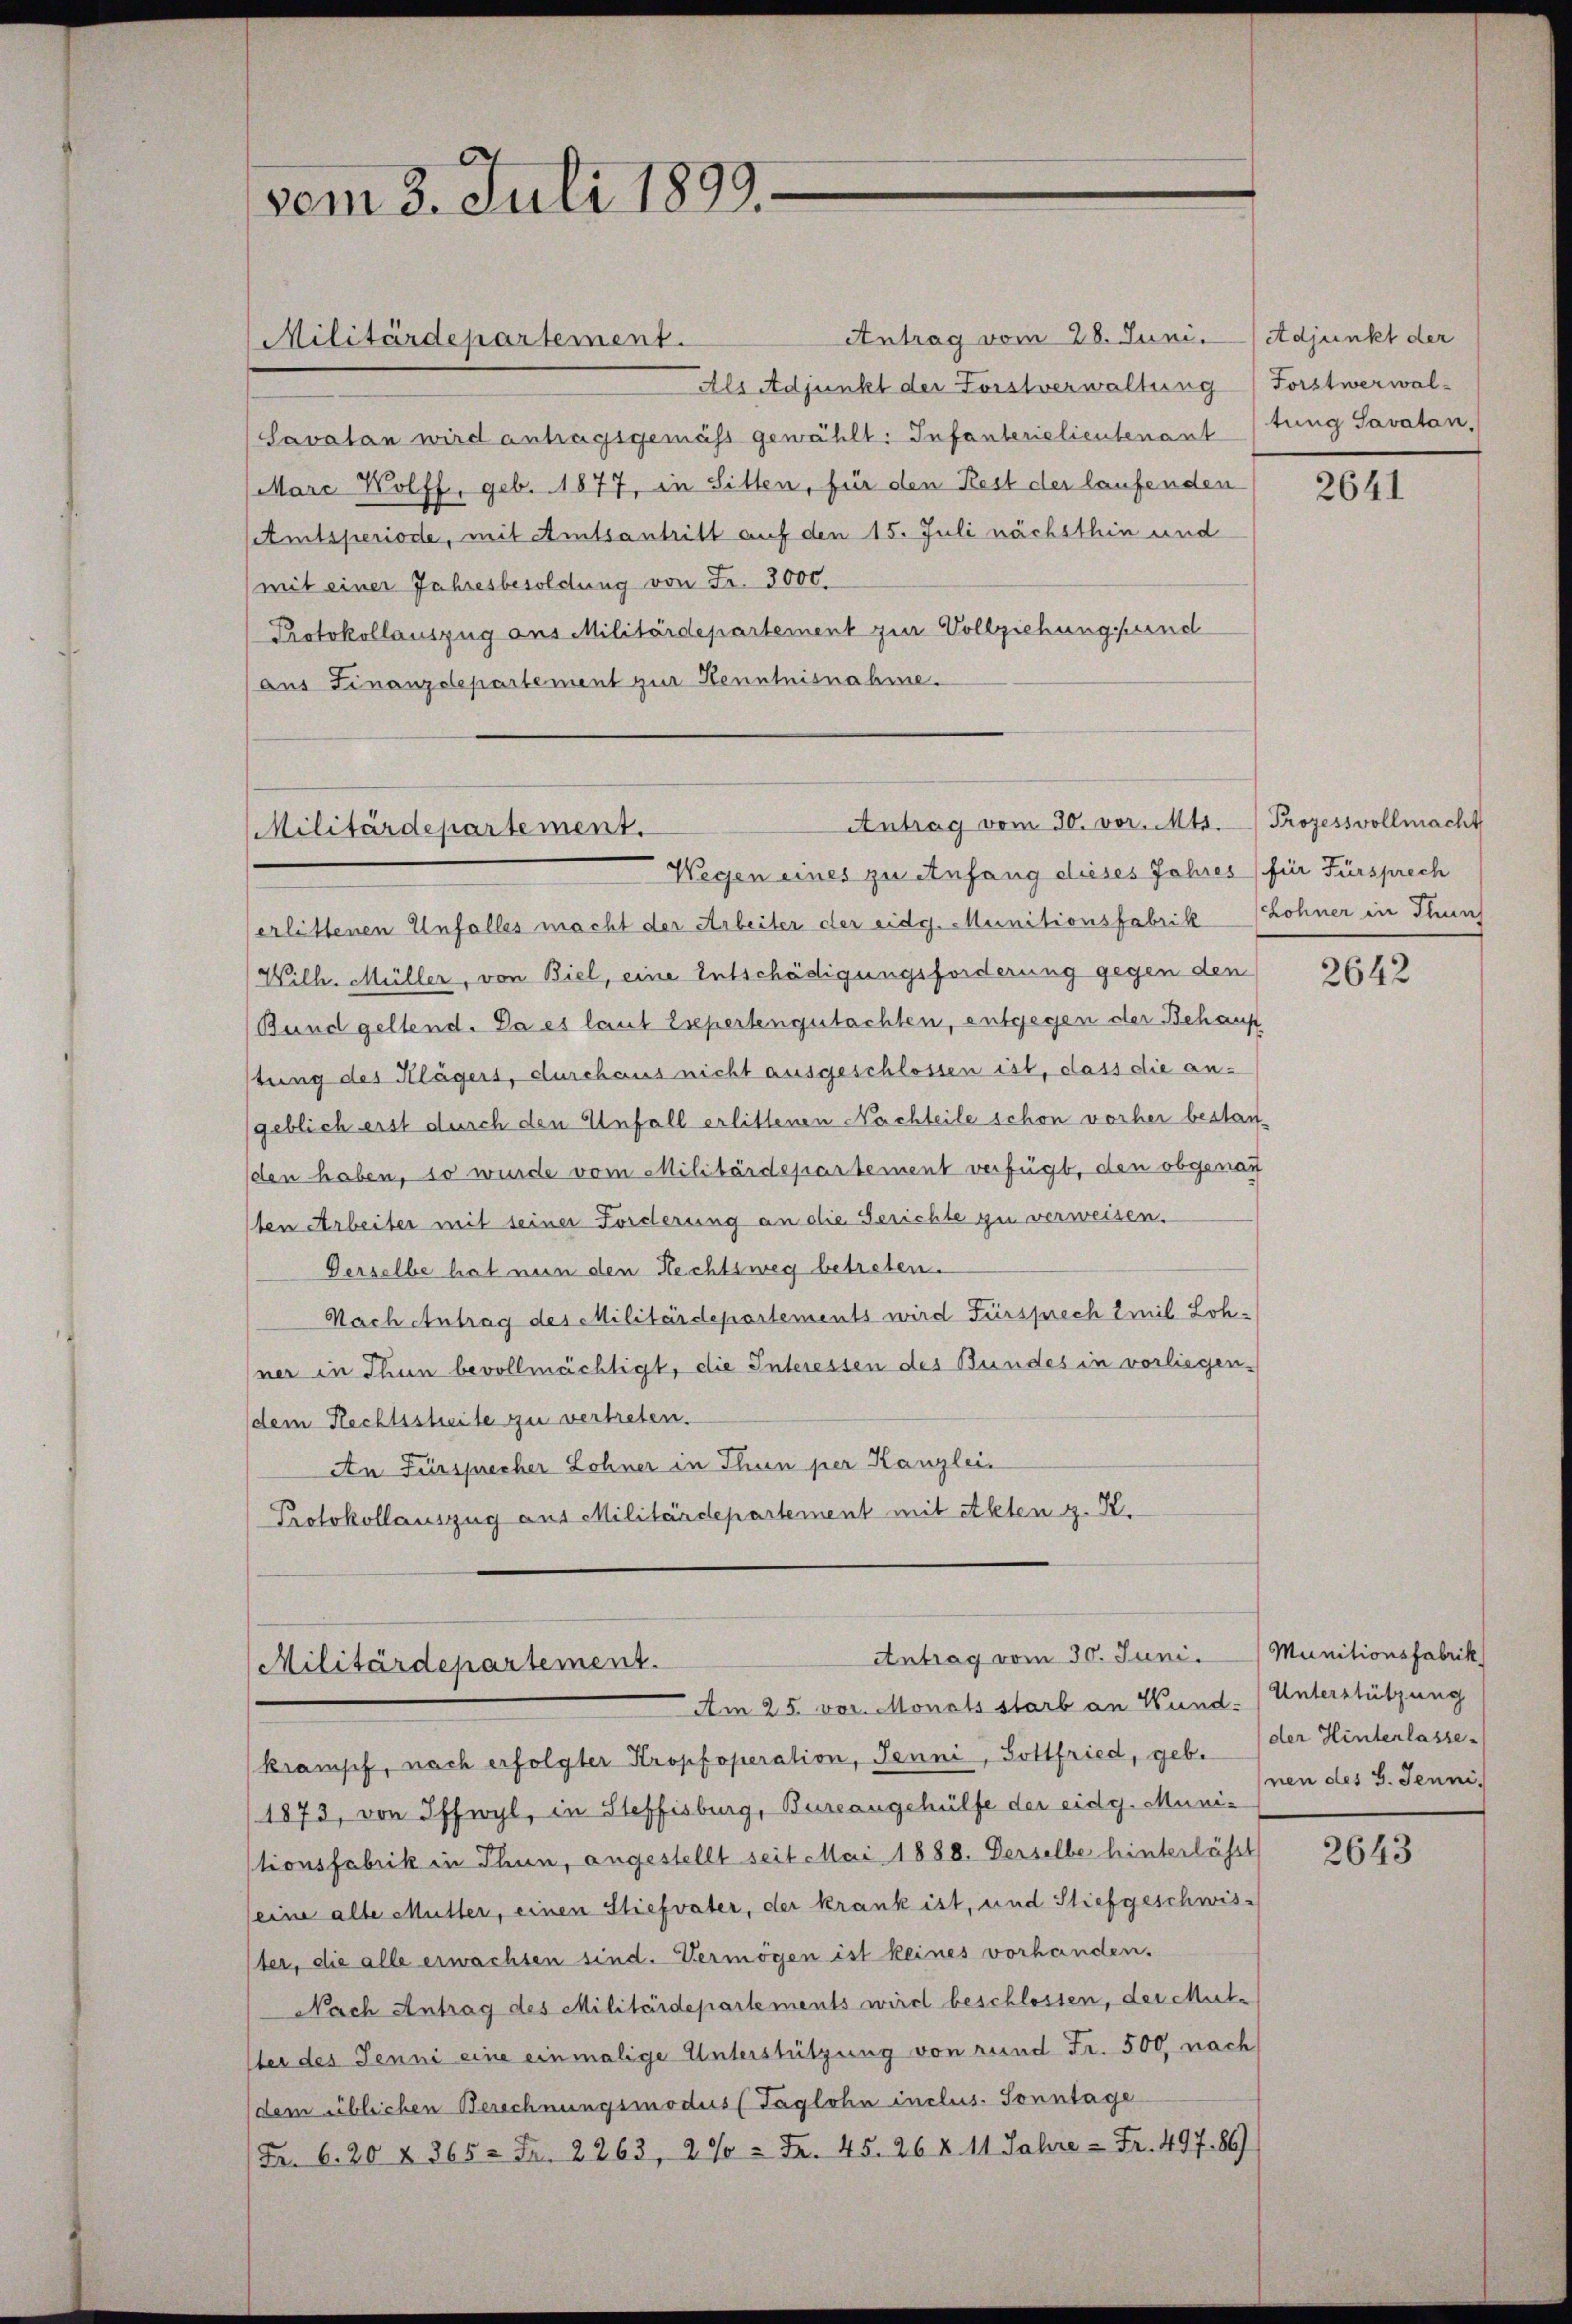
vom 3. Juli 1899.

Militärdepartement.

Antrag vom 28. Juni.
Als Adjunkt der Forstverwaltung
Savatan wird anhagsgemäss gewählt: Infanterielieutenant
Marc Wolff, geb. 1877, in Sitten, für den Rest der laufenden
Amtsperiode, mit Amtsantritt auf den 15. Juli nächsthin und
(mit einer Jahresbesoldung von Fr. 3000.
Protokollauszug aus Militärdepartement zur Vollziehungsund
aus Finanzdepartement zur Kenntnisnahme.

Antrag vom 30. vor. Mts.
Militärdepartement.

Wegen eines zu Anfang dieses Jahres (für Fürsprech
erlittenen Unfalles macht der Arbeiter der eidg. Munitionsfabrik
Wilh. Müller, von Biel, eine Entschädigungsforderung gegen den
Bund geltend. Da es laut Esepertengutachten, entgegen der Behaus
stung des Klägers, durchaus nicht ausgeschlossen ist, dass die angeblich erst durch den Unfall erlittenen Nachteile schon vorher bestan-
den haben, so wurde vom Militärdepartement verfügt, den obgenau
ten Arbeiter mit seiner Forderung an die Gerichte zu verweisen.
Gerselbe hat nun den Rechtsweg betreten.
Nach Antrag des Militärdepartements wird Fürsprech Emil Lohner in Thun bevollmächtigt, die Interessen des Bundes in vorliegendem Fechtssheite zu vertreten.
An Fürsprecher Lohner in Thun per Kanzlei
Protokollauszug aus Militärdepartement mit etheten z. K.

Antrag vom 30. Juni.
Militärdepartement.
Am 25. vor. Monats starb an Wund. (Unterstützung

kramsef, nach erfolgter Kropfoperation, Jenni, Gottfried, geb.
1873, von Iffwyl, in Steffisburg, Bureangehülfe der eidg. Munistionsfabrik in Thun, angestellt seit Mai 1888. Derselbe hinterlässt
seine alte Mutter, einen Stiefvater, der krank ist, und Stiefgeschwister, die alle erwachsen sind. Vermögen ist keines vorhanden.
Nach Antrag des Militärdepartements wird beschlossen, der Mut-
ster des Jenni eine einmalige Unterstützung von rund Fr. 500, nach
dem üblichen Berechnungsmodus (Taglohn inclus. Sonntage
(Fr. 6. 20 § 365 = Fr. 2263, 2% = Fr. 45. 268. 11 Jahre - Fr. 497 89

Adjunkt der
Forstwerwaltung Savatan,

2641

Prozessvollmacht
Lohner in Thun

2642

Munitionsfabrik
der Hinterlasse.
nen des G. Jenni.

2643